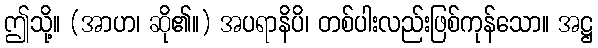
ဤသို့။ (အာဟ၊ ဆို၏။) အပရာနိပိ၊ တစ်ပါးလည်းဖြစ်ကုန်သော။ အဋ္ဌ